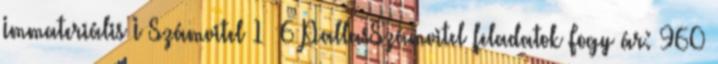
Immateriális I Számvitel 1 6 PallasSzámvitel feladatok Fogy ár: 960